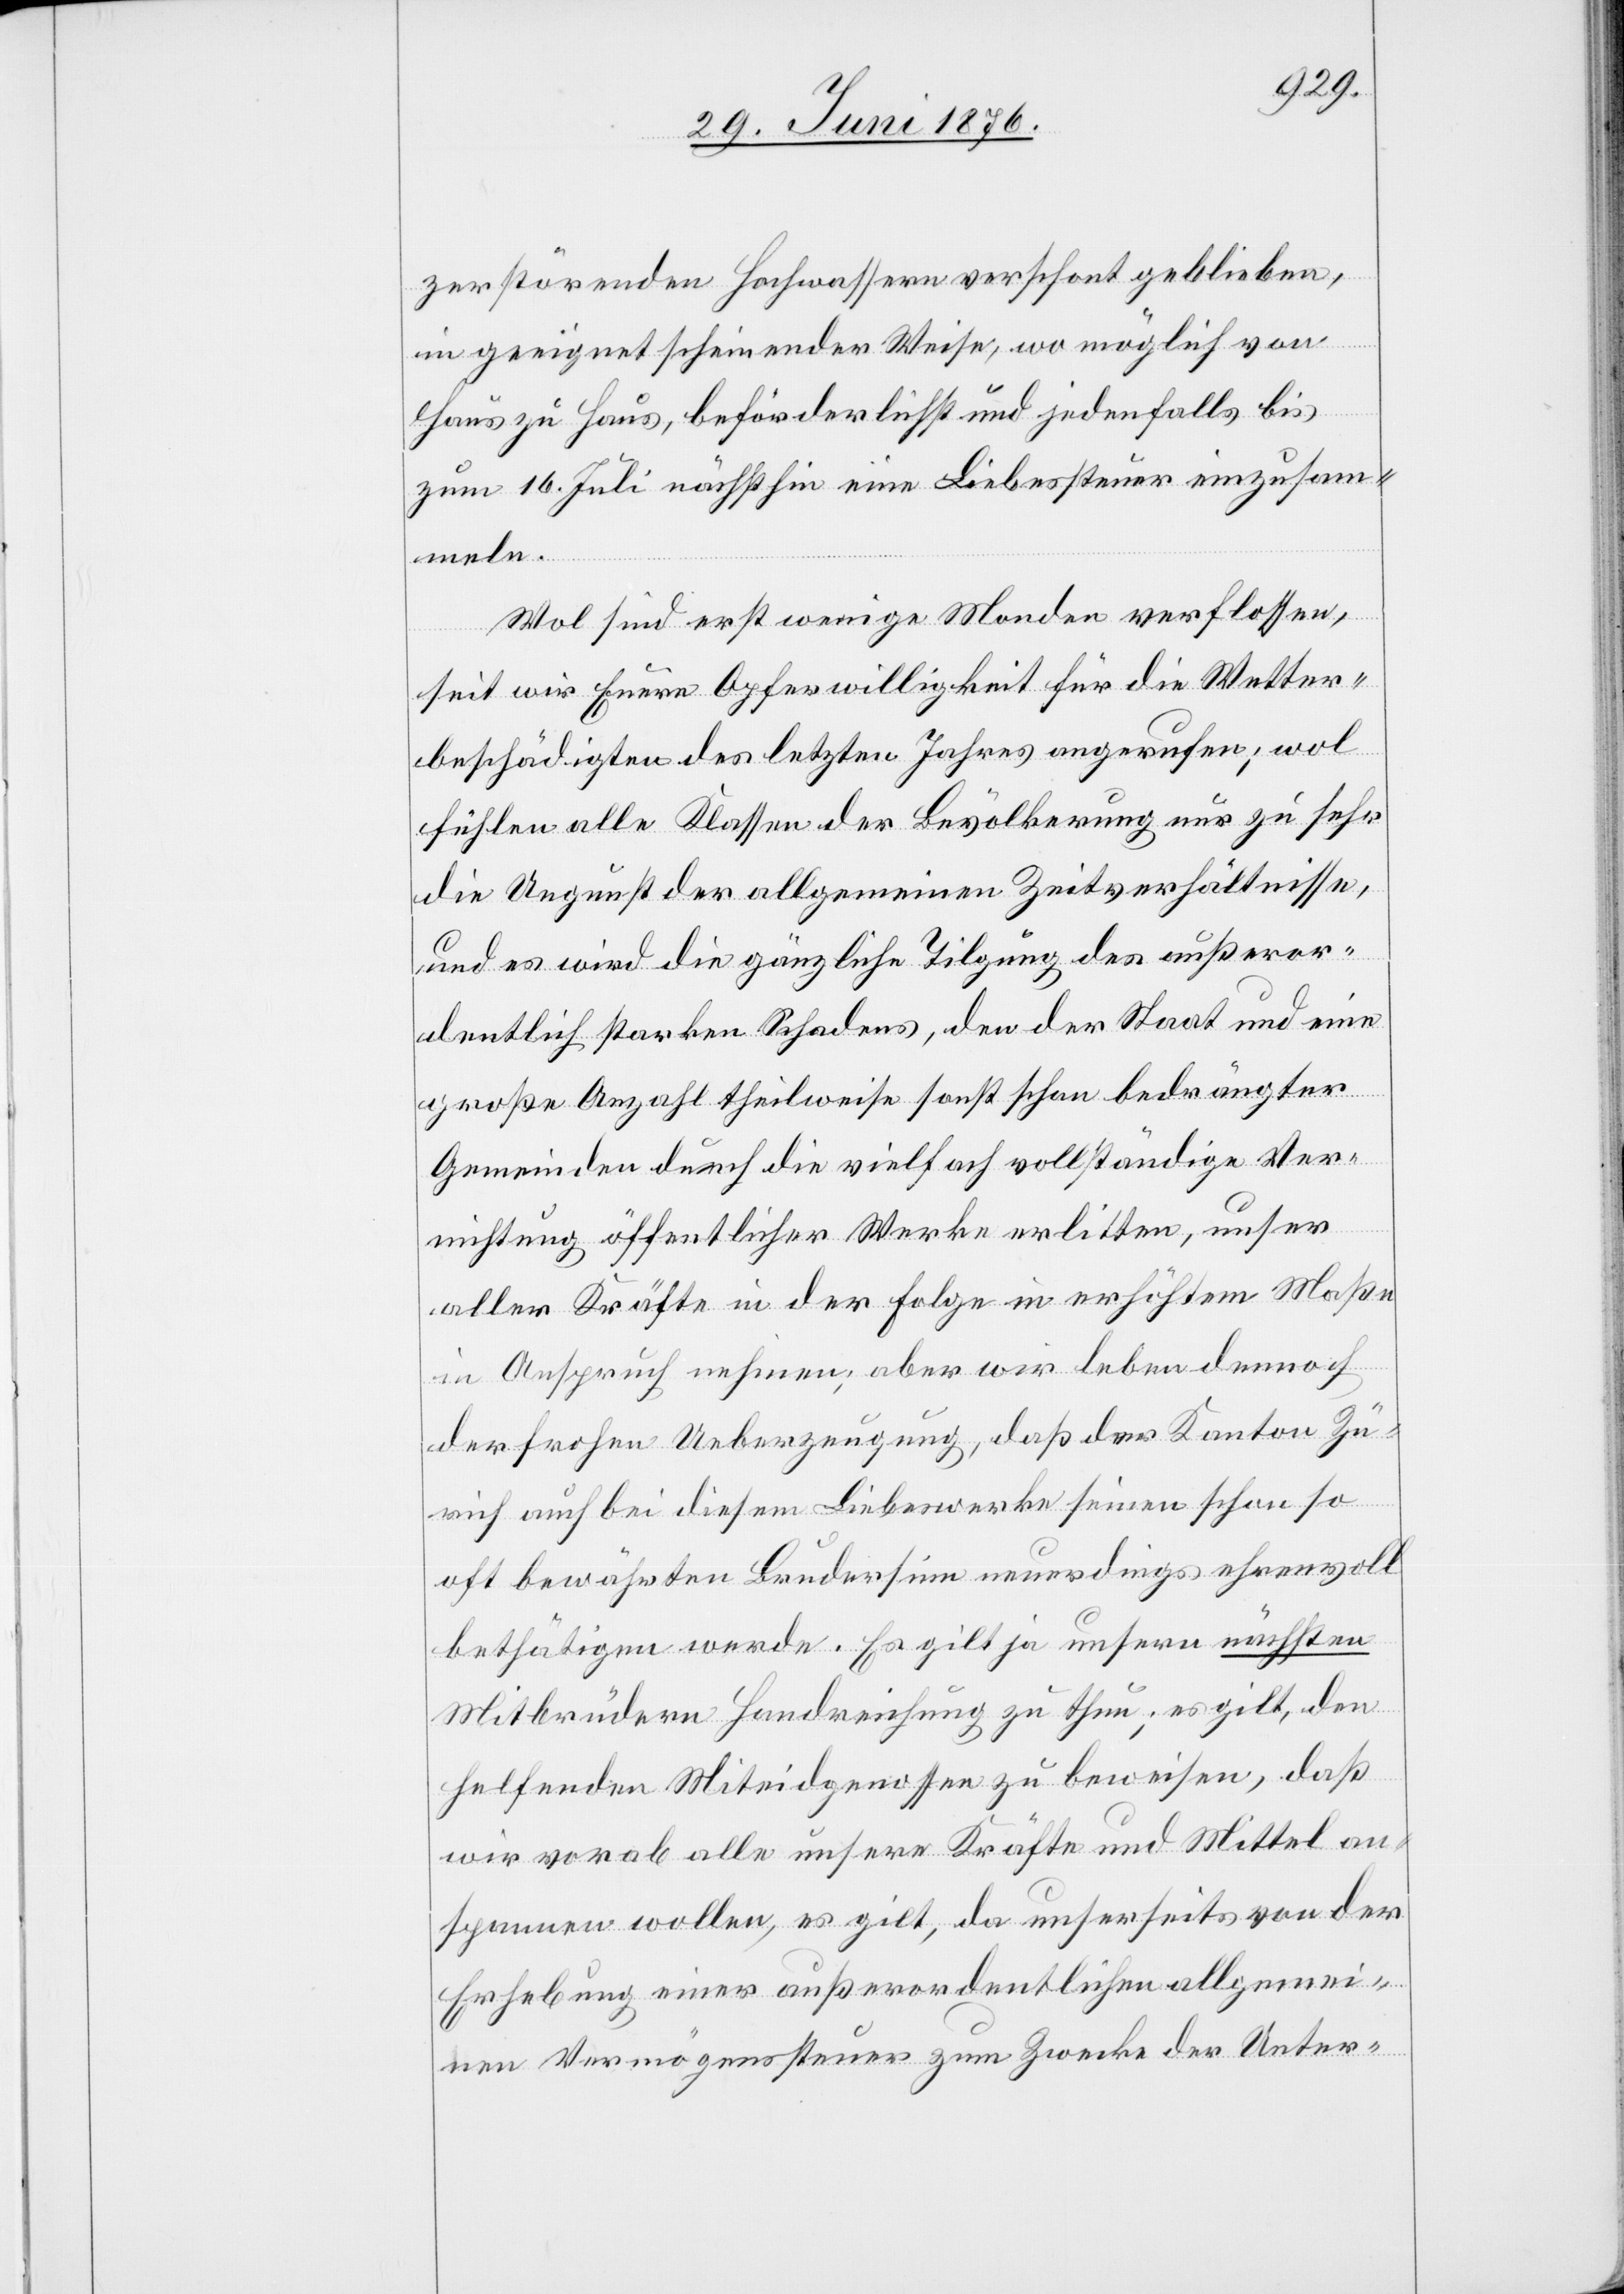
zerstörenden Hochwassern verschont geblieben,
in geeignet scheinender Weise, wo möglich von
Haus zu Haus, beförderlichst und jedenfalls bis
zum 16. Juli nächsthin eine Liebessteuer einzusam¬
meln.
Wol sind erst wenige Monden verflossen,
seit wir Eure Opferwilligkeit für die Wetter¬
beschädigten des letzten Jahres angerufen; wol
fühlen alle Klassen der Bevölkerung nur zu sehr
die Ungunst der allgemeinen Zeitverhältnisse,
und es wird die gänzliche Tilgung des außeror¬
dentlich starken Schadens, den der Staat und eine
große Anzahl theilweise sonst schon bedrängter
Gemeinden durch die vielfach vollständige Ver¬
nichtung öffentlicher Werke erlitten, unser
aller Kräfte in der Folge in erhöhtem Maße
in Anspruch nehmen; aber wir leben dennoch
der frohen Ueberzeugung, daß der Kanton Zü¬
rich auch bei diesem Liebeswerke seinen schon so
oft bewährten Brudersinn neuerdings ehrenvoll
bethätigen werde. Es gilt ja unsern nächsten
Mitbrüdern Handreichung zu thun; es gilt, den
helfenden Miteidgenossen zu beweisen, daß
wir vorab alle unsere Kräfte und Mittel an¬
spannen wollen, es gilt, da unserseits von der
Erhebung einer außerordentlichen allgemei¬
nen Vermögenssteuer zum Zwecke der Unter-